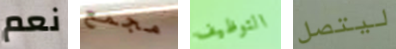
نعم مجمع التوظيف ليتصل